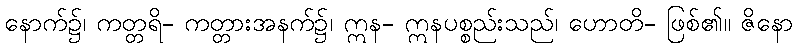
နောက်၌၊ ကတ္တရိ- ကတ္တားအနက်၌၊ ဣန- ဣနပစ္စည်းသည်၊ ဟောတိ- ဖြစ်၏။ ဇိနော